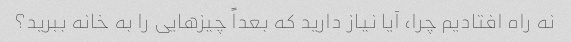
نه راه افتادیم چرا، آیا نیاز دارید که بعداً چیزهایی را به خانه ببرید؟